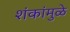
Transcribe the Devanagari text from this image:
शंकांमुळे